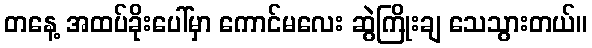
တနေ့ အထပ်ခိုးပေါ်မှာ ကောင်မလေး ဆွဲကြိုးချ သေသွားတယ်။